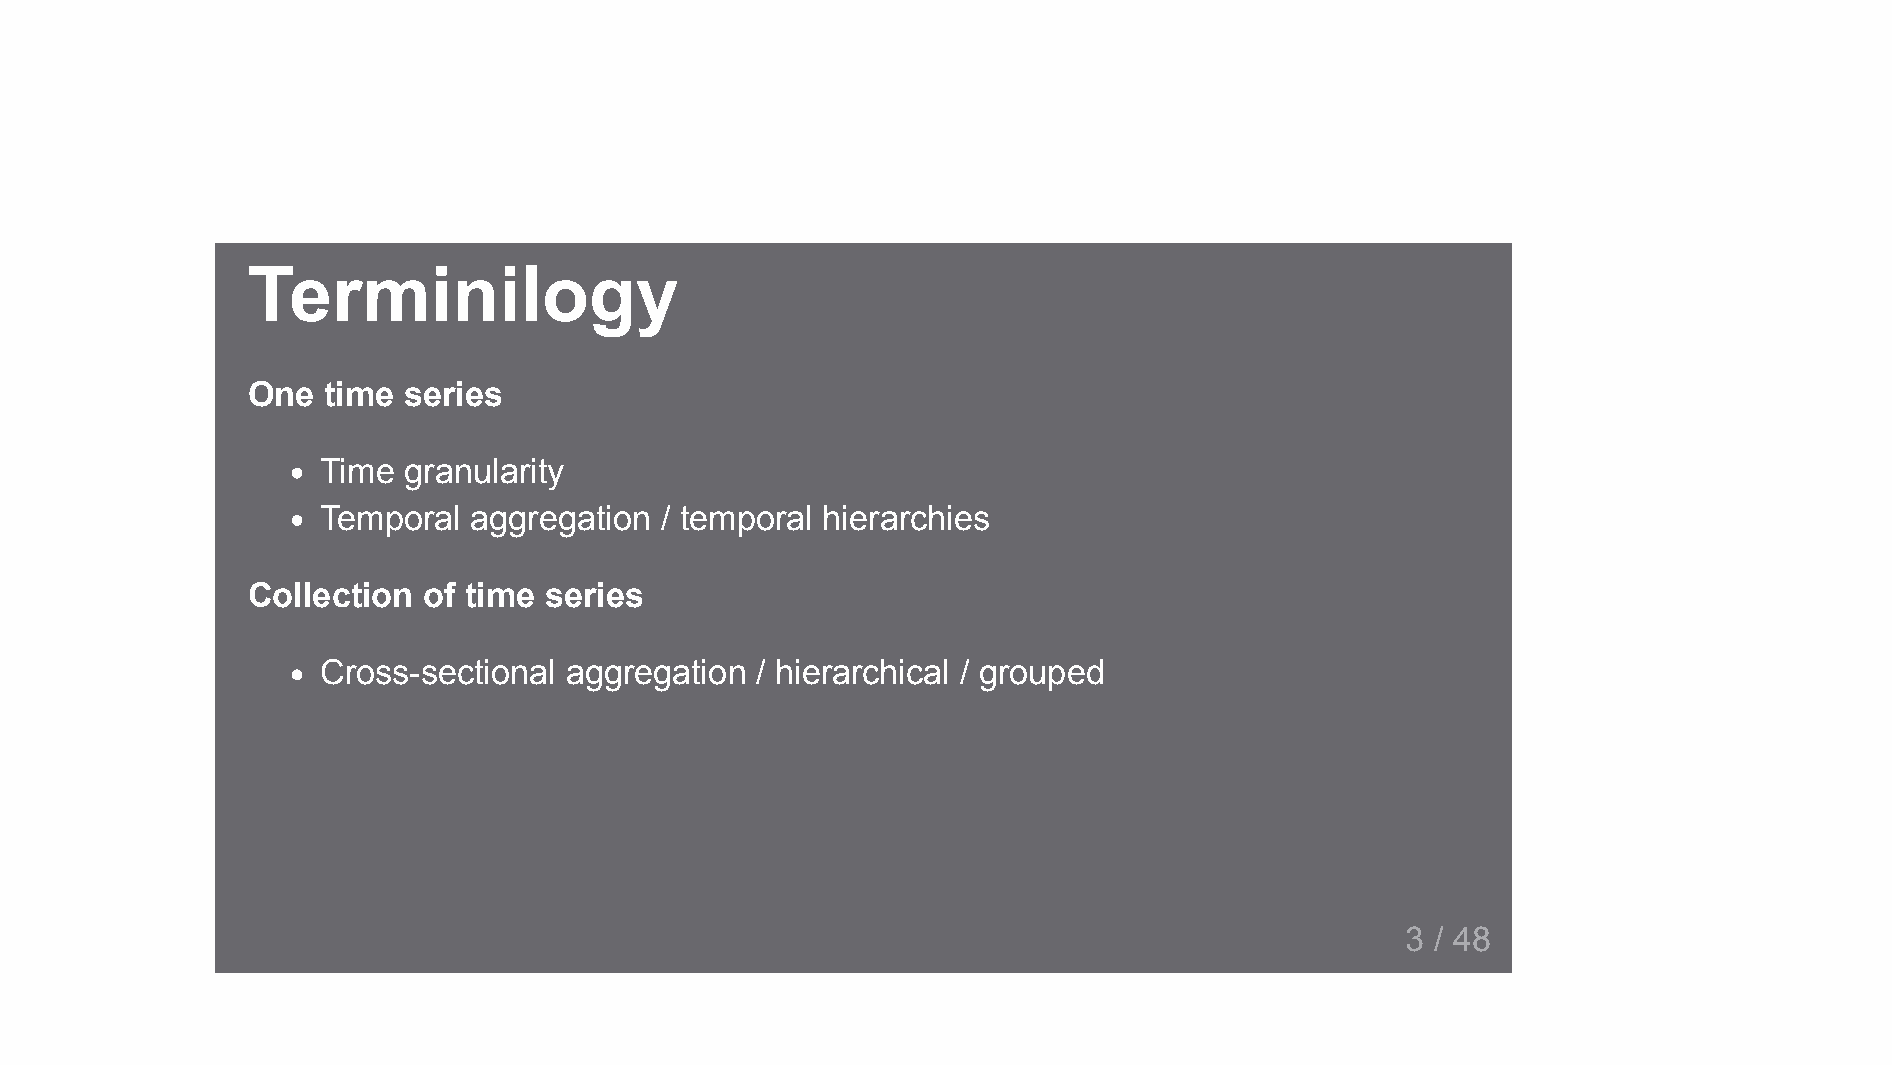
Terminilogy
 One  time  series
 Time  granularity
 Temporal  aggregation  / temporal hierarchies
 Collection  of time series
 Cross-sectional aggregation  / hierarchical / grouped
 3 / 48